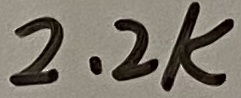
Text: 2.2k